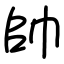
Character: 帥